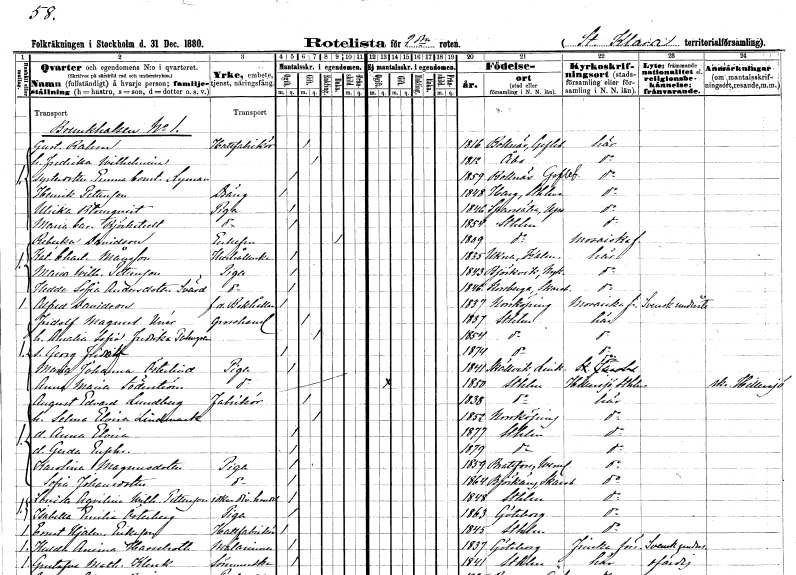
gt_parse: households: individuals: FN: Gustaf
EN: Rahm
YRKE: Hattfabrikör
KON: M
CIV: G
FODAR: 1816
FODFORS: Bollnäs Gävleborgs län
FN: Fredrika Wilhelmina
KON: K
CIV: G
FODAR: 1812
FN: Emma Constantia
EN: Lyman
KON: K
CIV: O
FODAR: 1859
FODFORS: Bollnäs Gävleborgs län
FN: Henrik
EN: Pettersson
YRKE: Dräng
KON: M
CIV: O
FODAR: 1848
FODFORS: Harg Uppsala län
FN: Ulrika
EN: Blomqvist
YRKE: Piga
KON: K
CIV: O
FODAR: 1846
FODFORS: Sparrsätra Uppsala län
FN: Maria Carolina
EN: Björkstedt
YRKE: Piga
KON: K
CIV: O
FODAR: 1854
FODFORS: Stockholm
FN: Rebecka
EN: Davidson
KON: K
CIV: E
FODAR: 1809
FODFORS: Stockholm
FN: Katarina Charlotta
EN: Månsson
YRKE: Hushållerska
KON: K
CIV: O
FODAR: 1835
FODFORS: Ukna Kalmar län
FN: Maria Wilhelmina
EN: Pettersson
YRKE: Piga
KON: K
CIV: O
FODAR: 1843
FODFORS: Björkvik Södermanlands län
FN: Hedda Sofia
EN: Andersdotter Svärd
YRKE: Piga
KON: K
CIV: O
FODAR: 1846
FODFORS: Korsberga Skaraborgs län
FN: Alfred
EN: Davidson
YRKE: Bokhållare f.d.
KON: M
CIV: O
FODAR: 1837
FODFORS: Norrköping Östergötlands län
FN: Fridolf Magnus
EN: Unér
YRKE: Grosshandlare
KON: M
CIV: G
FODAR: 1837
FODFORS: Stockholm
FN: Amalia Sofia Fredrika
EN: Palmgren
KON: K
CIV: G
FODAR: 1854
FODFORS: Stockholm
FN: Georg Fridolf
KON: M
CIV: O
FODAR: 1874
FODFORS: Stockholm
FN: Maria Johanna
EN: Österlind
YRKE: Piga
KON: K
CIV: O
FODAR: 1841
FODFORS: Skällvik Östergötlands län
FN: Anna Maria
EN: Söderström
YRKE: Piga
KON: K
CIV: O
FODAR: 1850
FODFORS: Stockholm
FN: August Edvard
EN: Lundberg
YRKE: Fabrikör
KON: M
CIV: G
FODAR: 1838
FODFORS: Stockholm
FN: Selma Elvira
EN: Lindmark
KON: K
CIV: G
FODAR: 1852
FODFORS: Norrköping Östergötlands län
FN: Anna Elvira
KON: K
CIV: O
FODAR: 1877
FODFORS: Stockholm
FN: Gerda Euphrosyne
KON: K
CIV: O
FODAR: 1879
FODFORS: Stockholm
FN: Karolina
EN: Magnusdotter
YRKE: Piga
KON: K
CIV: O
FODAR: 1859
FODFORS: Brattfors Värmlands län
FN: Sofia
EN: Johansdotter
YRKE: Piga
KON: K
CIV: O
FODAR: 1864
FODFORS: Björkäng Skaraborgs län
FN: Lovisa Aqvilina Wilhelmina
EN: Pettersson
YRKE: Diversehandlare
KON: K
CIV: O
FODAR: 1848
FODFORS: Stockholm
FN: Isabella Emilia
EN: Österberg
YRKE: Piga
KON: K
CIV: O
FODAR: 1863
FODFORS: Göteborg Göteborgs- och Bohuslän